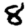
Digit: 8